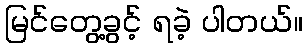
မြင်တွေ့ခွင့် ရခဲ့ ပါတယ်။